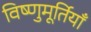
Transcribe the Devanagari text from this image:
विष्णुमूर्तियाँ